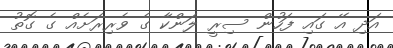
އަދި އޭ ގައި ފަހުން ސިރީ ލަންކާ ގެ ވެރިރަށެއް ގެ ގޮތު